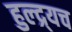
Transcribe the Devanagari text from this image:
हुल्द्र्यच